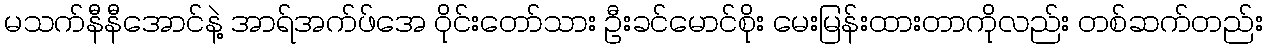
မသက်နီနီအောင်နဲ့ အာရ်အက်ဖ်အေ ဝိုင်းတော်သား ဦးခင်မောင်စိုး မေးမြန်းထားတာကိုလည်း တစ်ဆက်တည်း